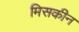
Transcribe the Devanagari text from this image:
मिसकीन